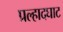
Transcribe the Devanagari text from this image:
प्रल्हादघाट